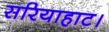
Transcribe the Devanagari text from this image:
सरियाहाट।